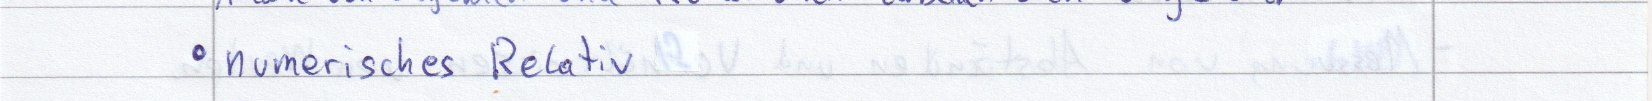
numerisches Relativ